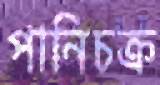
পানিচক্র